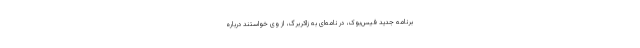
برنامه جدید فیس‌بوک، در نامه‌ای به زاکربرگ، از وی خواستند درباره